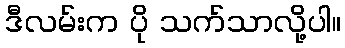
ဒီလမ်းက ပို သက်သာလို့ပါ။